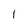
Character: 1